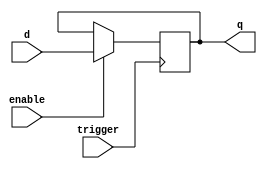
// D flip-flop with parameterized bit width (default: 1-bit)
// Parameters in Verilog: http://www.asic-world.com/verilog/para_modules1.html
module dff #( parameter W = 1 )
(
    input trigger,
    input enable,
    input      [W-1:0] d,
    output reg [W-1:0] q
);
  initial begin
    q <= 0;
  end
    always @(posedge trigger) begin
        if(enable) begin
            q <= d;
        end
    end
endmodule